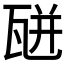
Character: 𤭅